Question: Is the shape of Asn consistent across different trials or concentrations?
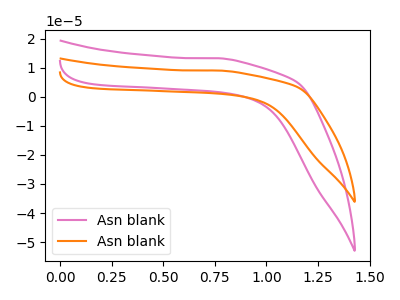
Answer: <think>The pink curve "Asn blank1" has no peaks. The orange curve "Asn blank2" has no peaks.
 Neither "Asn blank1" or "Asn blank2" have any peaks.</think>
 <answer>All the CV's of "Asn" have similar shape.</answer>
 <eval>follow_rule</eval>